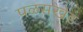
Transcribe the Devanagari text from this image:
पळसखेड